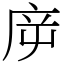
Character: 㡿